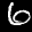
Label: 6